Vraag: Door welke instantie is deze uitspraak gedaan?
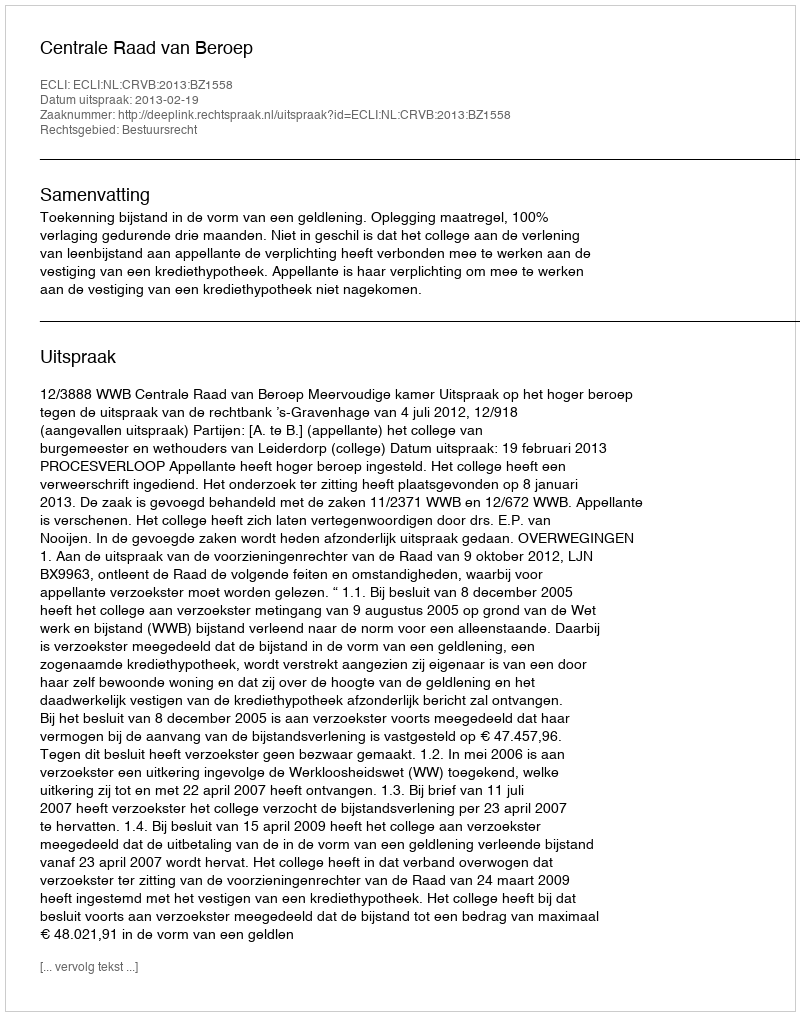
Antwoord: Centrale Raad van Beroep